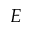
E